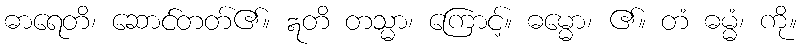
ဓာရေတိ၊ ဆောင်တတ်၏။ ဣတိ တသ္မာ၊ ကြောင့်။ ဓမ္မော၊ ၏။ တံ ဓမ္မံ၊ ကို။